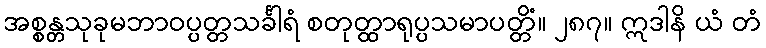
အစ္စန္တသုခုမဘာဝပ္ပတ္တသင်္ခါရံ စတုတ္ထာရုပ္ပသမာပတ္တိံ။ ၂၈၇။ ဣဒါနိ ယံ တံ